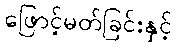
ဖြောင့်မတ်ခြင်းနှင့်